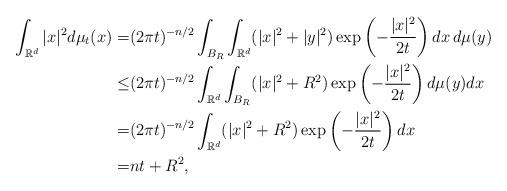
LaTeX: \begin{align*}\int_{\mathbb{R}^d}|x|^2d\mu_{t}(x)=&(2\pi t)^{-n/2}\int_{B_R}\int_{\mathbb{R}^d}(|x|^2+|y|^2)\exp\left(-\frac{|x|^2}{2t}\right)dx\,d\mu(y)\\\leq&(2\pi t)^{-n/2}\int_{\mathbb{R}^d}\int_{B_R}(|x|^2+R^2)\exp\left(-\frac{|x|^2}{2t}\right)d\mu(y)dx\\=&(2\pi t)^{-n/2}\int_{\mathbb{R}^d}(|x|^2+R^2)\exp\left(-\frac{|x|^2}{2t}\right)dx\\=&nt+R^2,\end{align*}